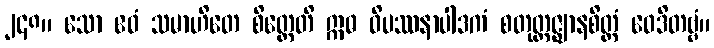
၂၄၈။ သော ဧဝံ သမာဟိတေ စိတ္တေတိ ဣဓ ဝိပဿနာပါဒကံ စတုတ္ထဇ္ဈာနစိတ္တံ ဝေဒိတဗ္ဗံ။